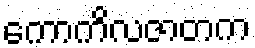
ကောကိလဇာတက